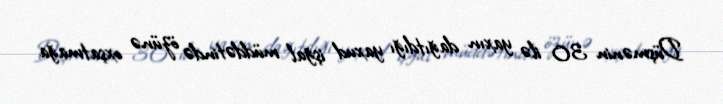
Düşmənin 30 ilə yaxın dağıtdığı yaxud işğal müddətində özünə oxşatmağa